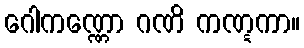
ဂေါကဏ္ဏော ဂဏိ ကဏ္ဋကာ။